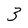
Character: 3